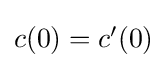
{\textstyle c(0)=c'(0)}